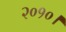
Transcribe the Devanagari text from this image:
२०१०।